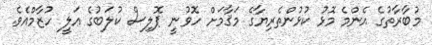
މުބާރާތުގެ އެންމެ މޮޅު ކުޅުންތެރިޔާގެ މަޤާމަށް ހޮވުނީ ޕޮލިސް ކުލަބުގެ ޢަލީ ހުޒާމްއެވެ.